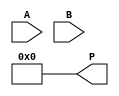
module radix4_multiplier #(parameter N = 8) (
    input signed [N-1:0] A,        // Multiplicand
    input signed [N-1:0] B,        // Multiplier
    output reg signed [2*N-1:0] P  // Product
);

    reg [N-1:0] A_ext;              // Extended multiplicand
    reg [N+1:0] B_ext;              // Extended multiplier
    reg [2*N-1:0] partial_product [0:3]; // Partial products
    reg [2*N-1:0] sum;              // Accumulator for partial products
    integer i;

    // Sign extend A and B
    always @(*) begin
        A_ext = A;
        B_ext = {B[N-1], B}; // Sign extend B
        P = 0; // Initialize product
        sum = 0; // Initialize sum
    end

    // Generate partial products based on Booth's encoding
    always @(*) begin
        for (i = 0; i < N/2; i = i + 1) begin
            case (B_ext[2*i+1:2*i])
                2'b00: partial_product[i] = 0; // No operation
                2'b01: partial_product[i] = A_ext << (2*i); // Add A
                2'b10: partial_product[i] = -A_ext << (2*i); // Subtract A
                2'b11: partial_product[i] = (A_ext << (2*i)) + (A_ext << (2*i)); // Add 2A
                default: partial_product[i] = 0; // Default case
            endcase
        end
    end

    // Accumulate partial products
    always @(*) begin
        sum = 0;
        for (i = 0; i < N/2; i = i + 1) begin
            sum = sum + partial_product[i];
        end
        P = sum; // Final product
    end

endmodule